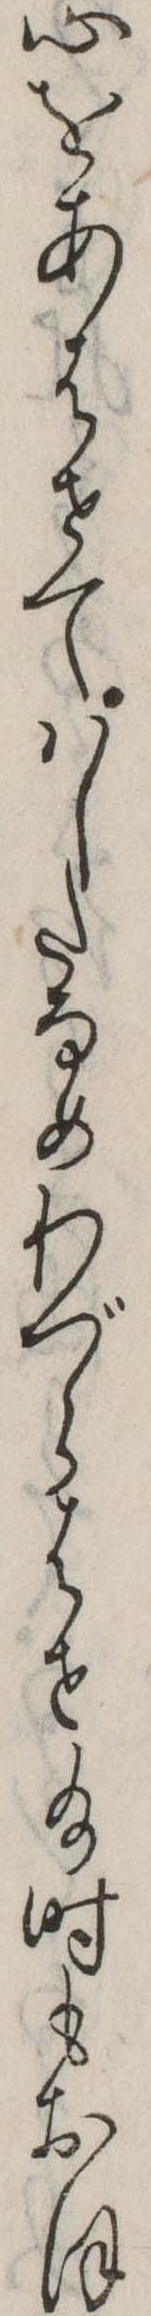
心をあはせてはしたなめわづらはせ給時もおほ